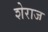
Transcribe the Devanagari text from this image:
शेराज